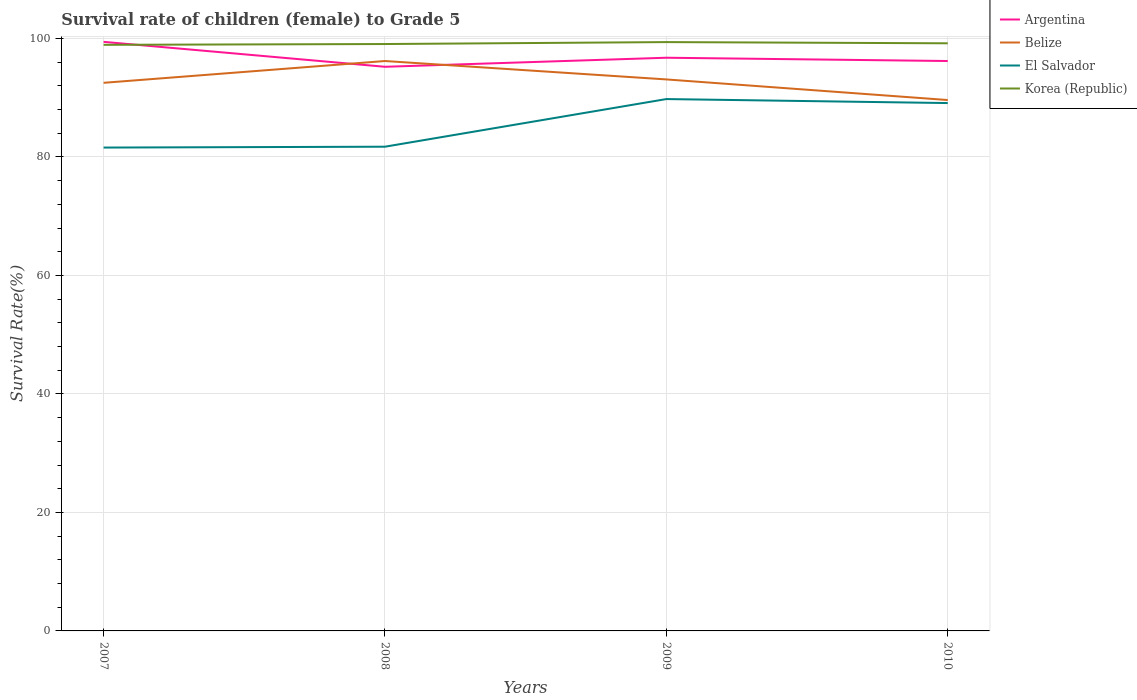
| Years | Argentina | Belize | El Salvador | Korea (Republic) |
 | --- | --- | --- | --- | --- |
 | 2007 | 99.4 | 92.5 | 81.6 | 98.9 |
 | 2008 | 95.2 | 96.2 | 81.7 | 99.1 |
 | 2009 | 96.7 | 93.1 | 89.8 | 99.4 |
 | 2010 | 96.2 | 89.6 | 89.1 | 99.2 |